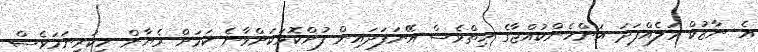
އެ ނާޒުކް މަލެއްފަދަ އަންހެންކުއްޖާގެ ހިތްވެސް އޭނަފަދައިން ފުށްކޮޅަކަށްވާނެ ކަމަށް ރެޔާން ހީކުރިނަމަވެސް